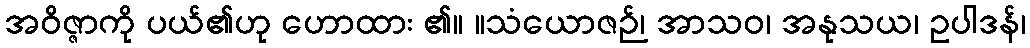
အဝိဇ္ဇာကို ပယ်၏ဟု ဟောထား ၏။ ။သံယောဇဉ်၊ အာသဝ၊ အနုသယ၊ ဥပါဒန်၊